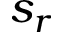
s _ { r }